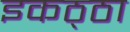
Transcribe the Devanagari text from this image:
इकठ्‍ठा